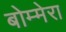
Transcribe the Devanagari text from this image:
बोम्मेरा